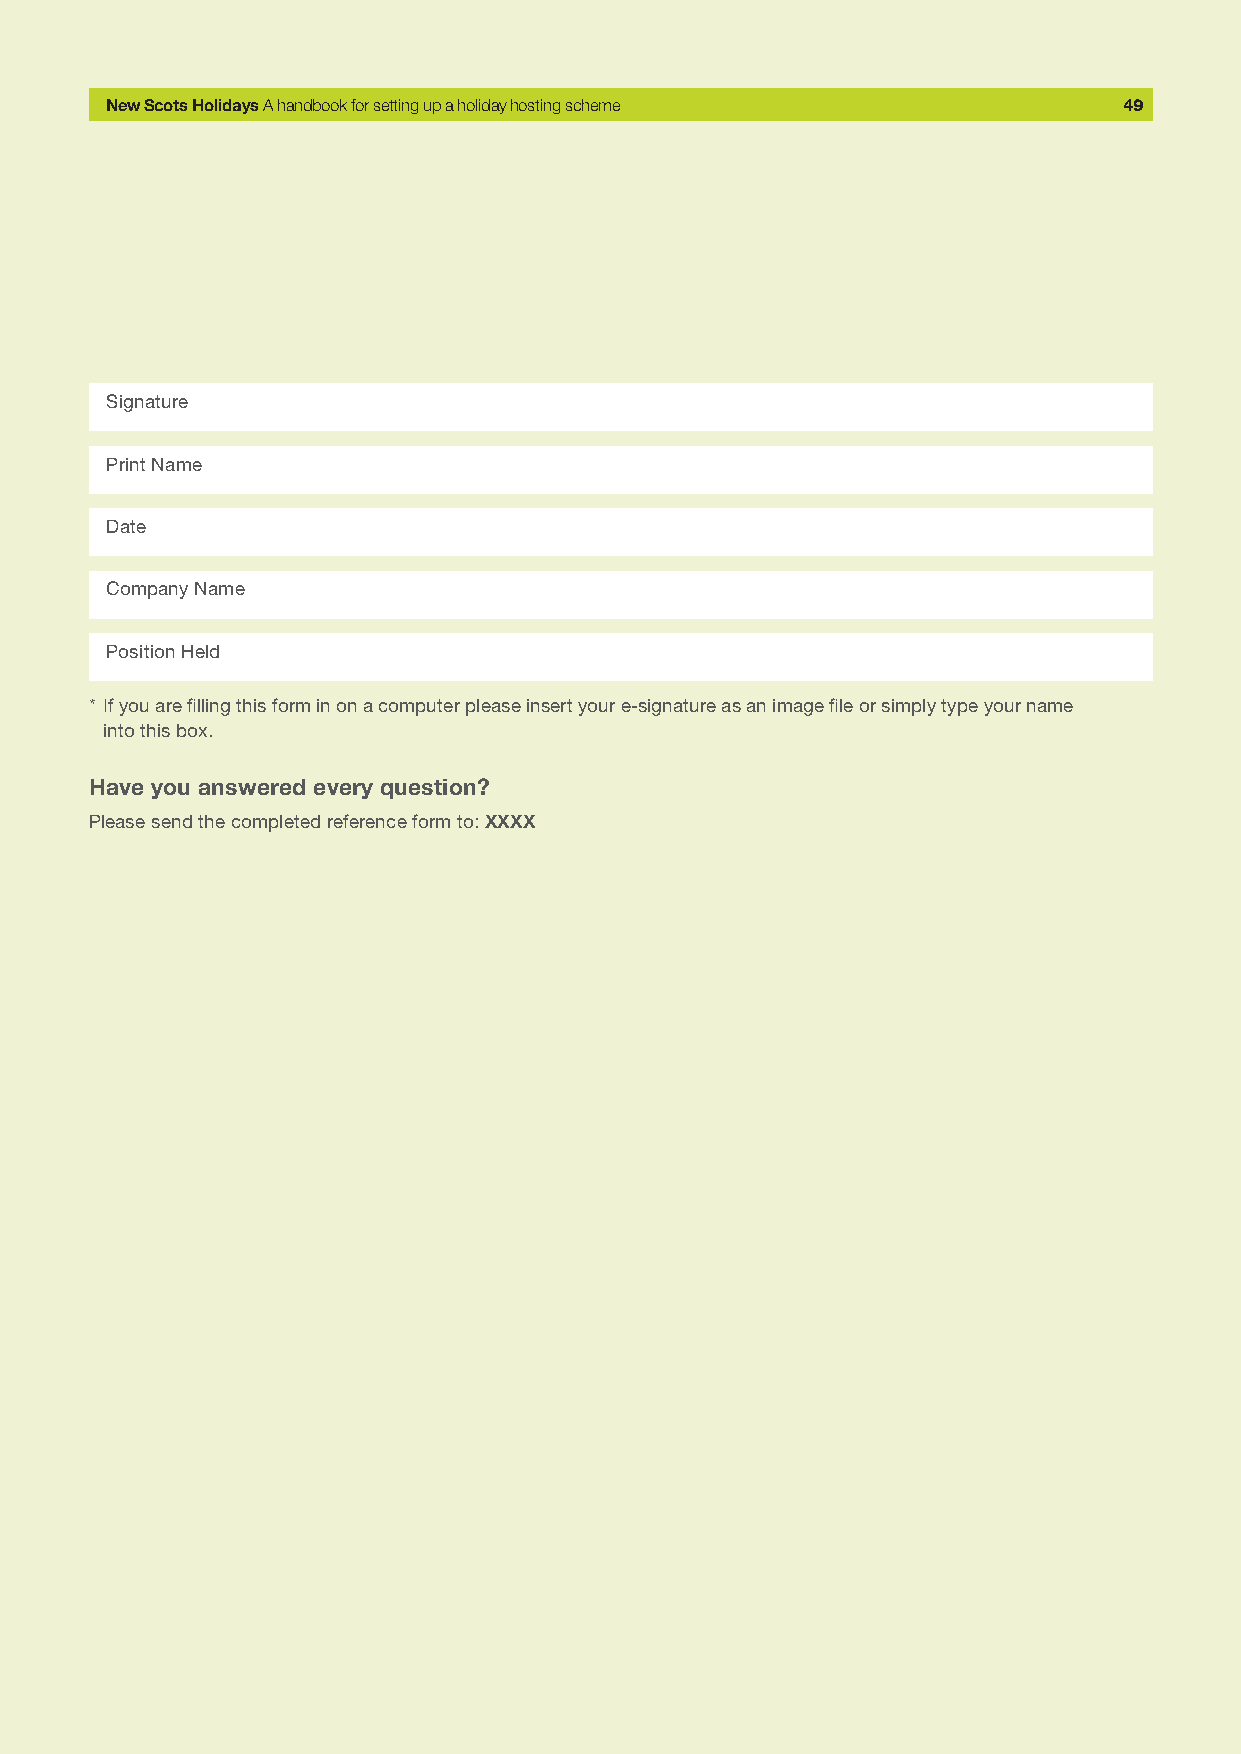
New Scots Holidays A handbook for setting up a holiday hosting scheme 49
 Signature
 Print Name
 Date
 Company Name
 Position Held
 * If you are filling this form in on a computer please insert your e-signature as an image file or simply type your name
 into this box.
 Have you answered every question?
 Please send the completed reference form to: XXXX